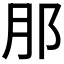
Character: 𮷩